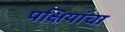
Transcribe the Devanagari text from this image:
पक्षियांचा